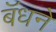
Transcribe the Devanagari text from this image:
बॅधने